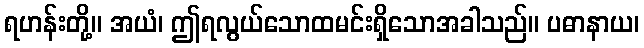
ရဟန်းတို့။ အယံ၊ ဤရလွယ်သောထမင်းရှိသောအခါသည်။ ပဓာနာယ၊